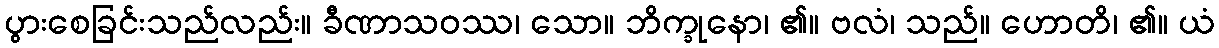
ပွားစေခြင်းသည်လည်း။ ခီဏာသဝဿ၊ သော။ ဘိက္ခုနော၊ ၏။ ဗလံ၊ သည်။ ဟောတိ၊ ၏။ ယံ